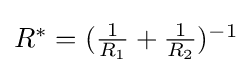
{\textstyle R^{*}=({\frac {1}{R_{1}}}+{\frac {1}{R_{2}}})^{-1}}